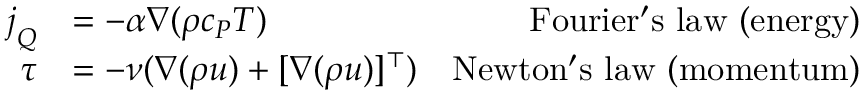
\begin{array} { r l r } { \boldsymbol { j } _ { Q } } & { = - \alpha \nabla ( \rho c _ { P } T ) } & { \mathrm { F o u r i e r ' s ~ l a w ~ ( e n e r g y ) } } \\ { \boldsymbol { \tau } } & { = - \nu ( \nabla ( \rho \boldsymbol { u } ) + [ \nabla ( \rho \boldsymbol { u } ) ] ^ { \top } ) } & { \mathrm { N e w t o n ' s ~ l a w ~ ( m o m e n t u m ) } } \end{array}